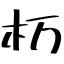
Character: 杤